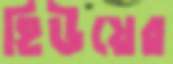
হিউয়ের